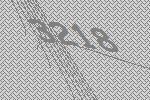
3218